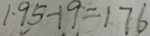
1 9 5 - 1 9 = 1 7 6